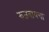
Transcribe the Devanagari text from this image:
रुजवायचा